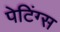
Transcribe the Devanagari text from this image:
पेटिंग्स